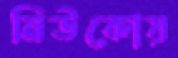
নিউকোয়